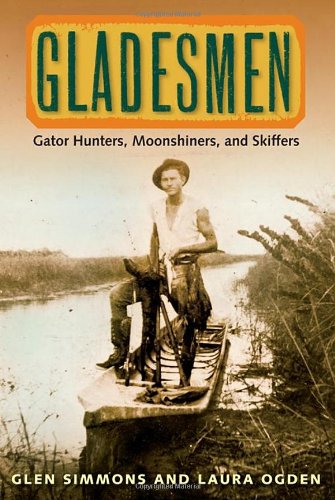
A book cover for Gladesmen: Gator Hunters, Moonshiners, and Skiffers (Florida History and Culture); Glen Simmons; Science & Math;